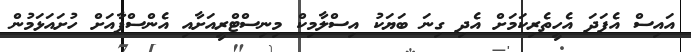
އައިސް އެފަދަ އެހީތެރިކަމަށް އެދި ގިނަ ބަޔަކު އިސްލާމިކް މިނިސްޓްރީއަށާއި އެންސްޕާއަށް ހުށައަޅަމުން